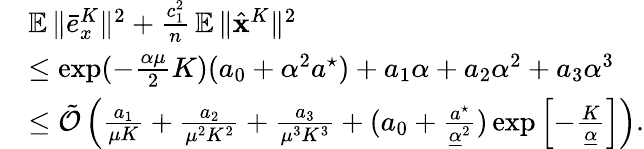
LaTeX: \begin{array}{rl}&{\mathop{\mathbb{E}}\| \bar{e}_{x}^{K}\| ^{2}+\frac{c_{1}^{2}}{n}\mathop{\mathbb{E}}\| \hat{{\mathbf{x}}}^{K}\| ^{2}}\\ &{\leq\exp(-\frac{\alpha\mu}{2}K)(a_{0}+\alpha^{2}a^{\star})+a_{1}\alpha+a_{2}\alpha^{2}+a_{3}\alpha^{3}}\\ &{\leq\tilde{\mathcal{O}}\left(\frac{a_{1}}{\mu K}+\frac{a_{2}}{\mu^{2}K^{2}}+\frac{a_{3}}{\mu^{3}K^{3}}+(a_{0}+\frac{a^{\star}}{\underline{{\alpha}}^{2}})\exp\left[-\frac{K}{\underline{{\alpha}}}\right]\right).}\end{array}